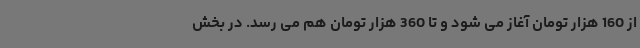
از 160 هزار تومان آغاز می شود و تا 360 هزار تومان هم می رسد. در بخش